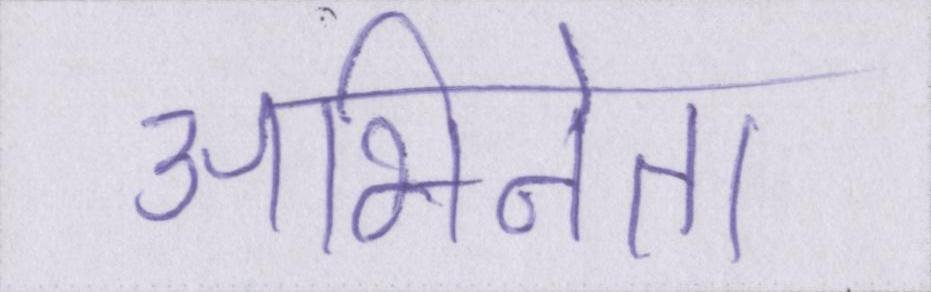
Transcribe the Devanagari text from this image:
अभिनेता